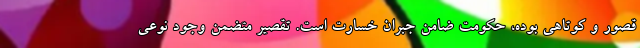
قصور و كوتاهي بوده، حكومت ضامن جبران خسارت است. تقصير متضمن وجود نوعي